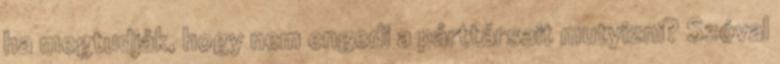
ha megtudják, hogy nem engedi a párttársait mutyizni? Szóval